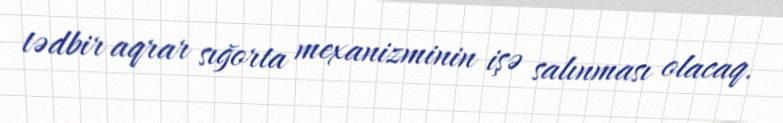
tədbir aqrar sığorta mexanizminin işə salınması olacaq.